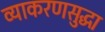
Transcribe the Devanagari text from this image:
व्याकरणसुद्धा